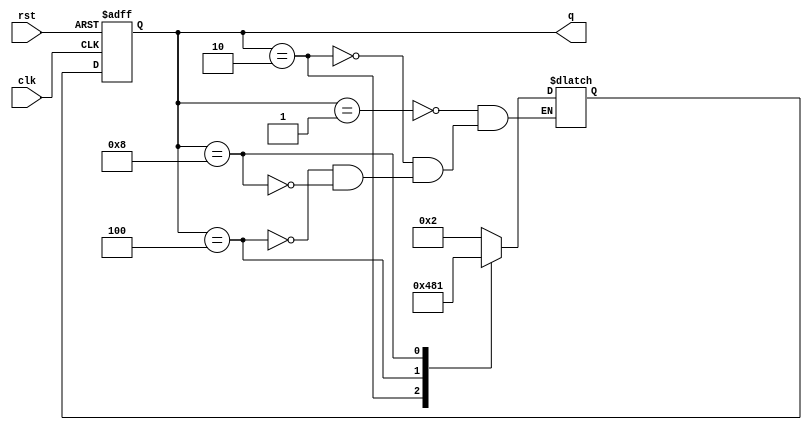
module johnson_counter(
    input wire clk,
    input wire rst,
    output reg [3:0] q
);

reg [3:0] next_q;

always @ (posedge clk or posedge rst) begin
    if (rst) begin
        q <= 4'b0001;
    end else begin
        q <= next_q;
    end
end

always @ * begin
    case(q)
        4'b0001: next_q = 4'b0010;
        4'b0010: next_q = 4'b0100;
        4'b0100: next_q = 4'b1000;
        4'b1000: next_q = 4'b0001;
    endcase
end

endmodule